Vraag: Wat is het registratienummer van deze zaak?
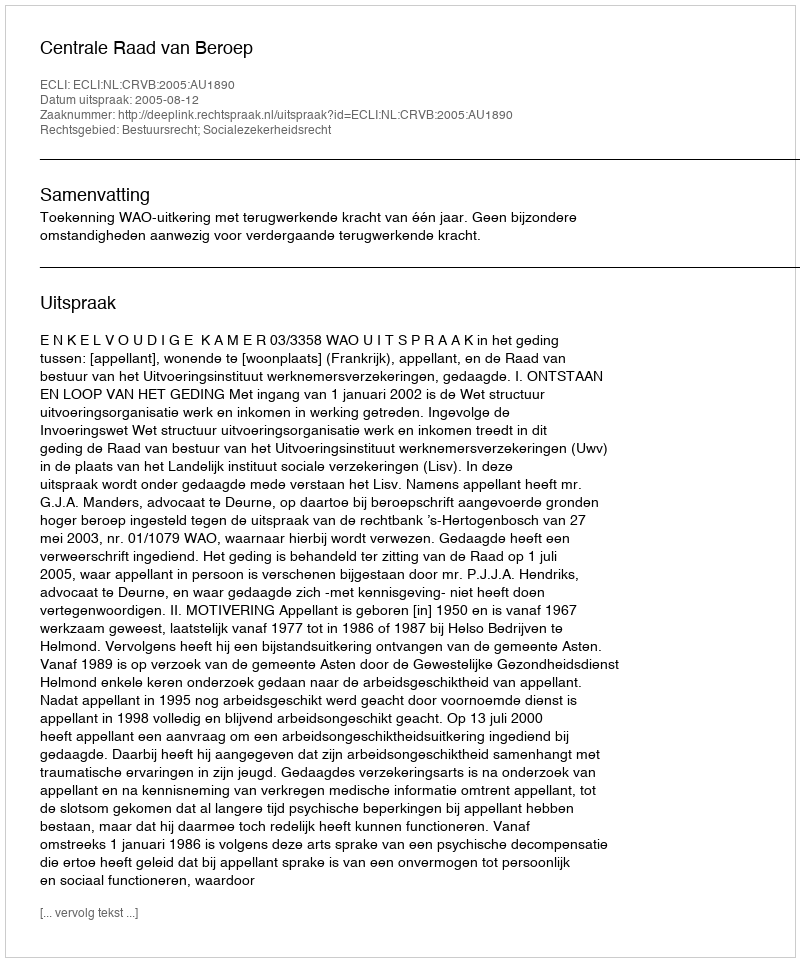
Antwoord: http://deeplink.rechtspraak.nl/uitspraak?id=ECLI:NL:CRVB:2005:AU1890